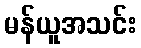
မန်ယူအသင်း